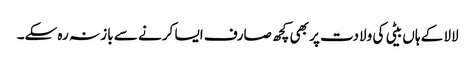
لالا کے ہاں بیٹی کی ولادت پر بھی کچھ صارف ایسا کرنے سے باز نہ رہ سکے۔